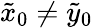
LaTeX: \tilde{x}_{0}\neq\tilde{y}_{0}